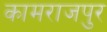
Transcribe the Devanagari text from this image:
कामराजपुर